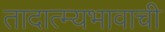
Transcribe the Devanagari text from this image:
तादात्म्यभावाची